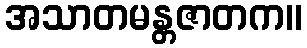
အသာတမန္တဇာတက။